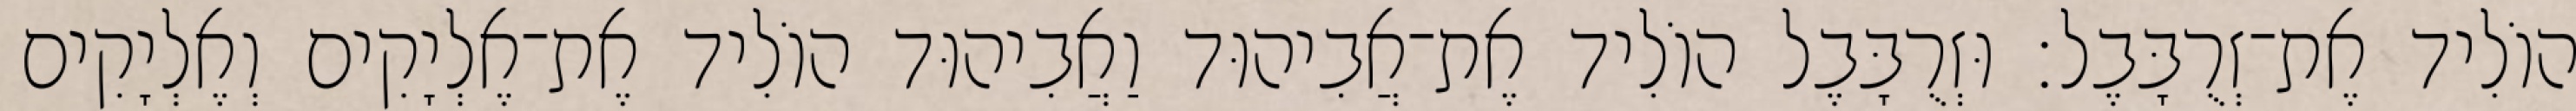
הוֹלִיד אֶת־זְרֻבָּבֶל׃ וּזְרֻבָּבֶל הוֹלִיד אֶת־אֲבִיהוּד וַאֲבִיהוּד הוֹלִיד אֶת־אֶלְיָקִים וְאֶלְיָקִים